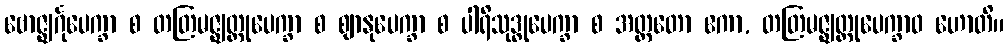
ဗောဇ္ဈင်္ဂုပေက္ခာ စ တတြမဇ္ဈတ္တုပေက္ခာ စ ဈာနုပေက္ခာ စ ပါရိသုဒ္ဓုပေက္ခာ စ အတ္ထတော ဧကာ, တတြမဇ္ဈတ္တုပေက္ခာဝ ဟောတိ။